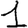
Digit: 1